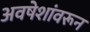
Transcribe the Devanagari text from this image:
अवषेशांवरून